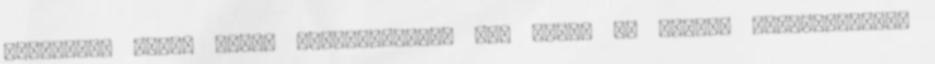
ellenére, vasút nemes dolgozójának, jól esett az elıbbi felértékelés,